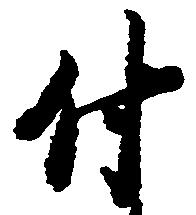
付